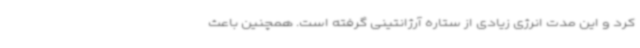
کرد و این مدت انرژی زیادی از ستاره آرژانتینی گرفته است. همچنین باعث